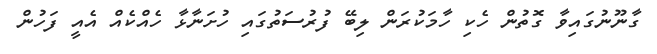
ގާނޫނުގައިވާ ގޮތުން ހެކި ހާމަކުރަން ލިބޭ ފުރުސަތުގައި ހުށަނާޅާ ހެއްކެއް އެއީ ފަހުން